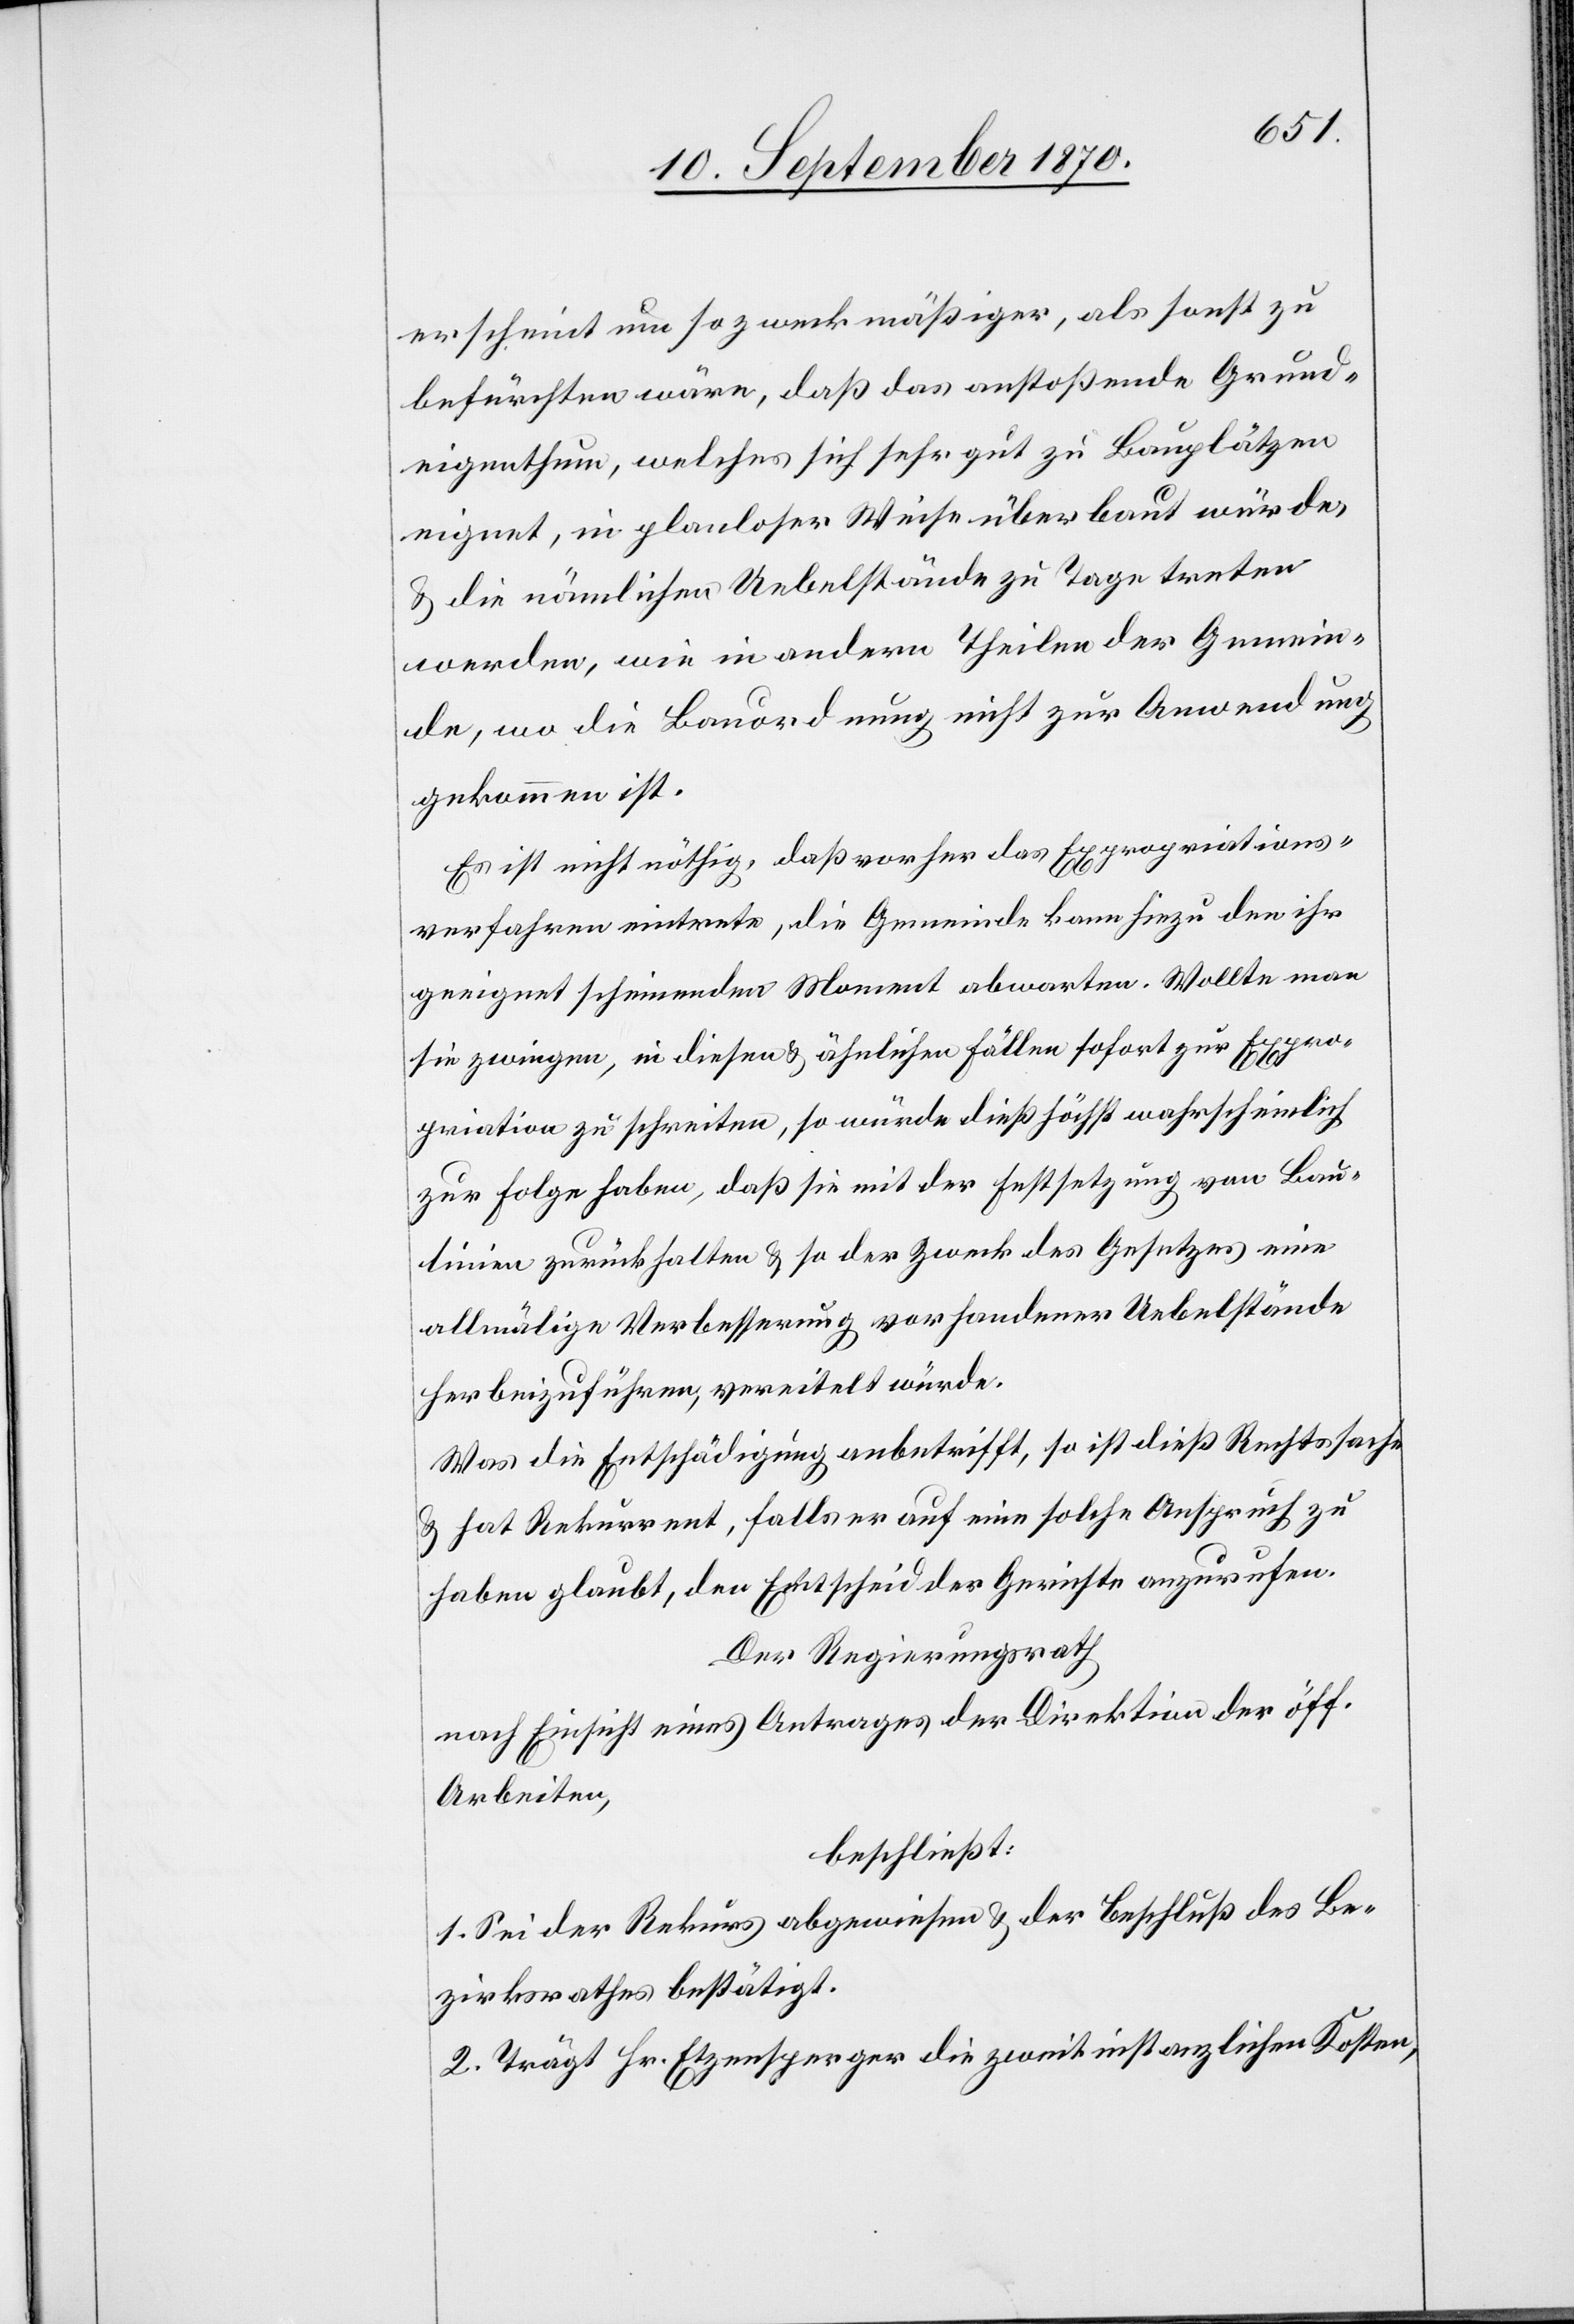
erscheint um so zweckmäßiger, als sonst zu
befürchten wäre, daß das anstoßende Grund¬
eigenthum, welches sich sehr gut zu Bauplätzen
eignet, in planloser Weise überbaut würde,
& die nämlichen Uebelstände zu Tage treten
werden, wie in andern Theilen der Gemein¬
de, wo die Bauordnung nicht zur Anwendung
gekommen ist.
Es ist nicht nöthig, daß vorher das Expropriations¬
verfahren eintrete, die Gemeinde kann hiezu den ihr
geeignet scheinenden Moment abwarten. Wollte man
sie zwingen, in diesen & ähnlichen Fällen sofort zur Expro¬
priation zu schreiten, so würde dieß höchst wahrscheinlich
zur Folge haben, daß sie [sich] mit der Festsetzung von Bau¬
linien zurückhalten & so der Zweck des Gesetzes[,] eine
allmälige Verbesserung vorhandener Uebelstände
herbeizuführen, vereitelt würde.
Was die Entschädigung anbetrifft, so ist dieß Rechtssache
& hat Rekurrent, falls er auf eine solche Anspruch zu
haben glaubt, den Entscheid der Gerichte anzurufen.
Der Regierungsrath
nach Einsicht eines Antrages der Direktion der öff.
Arbeiten,
beschließt:
1. Sei der Rekurs abgewiesen & der Beschluß des Be¬
zirksrathes bestätigt.
2. Trägt Hr. Etzensperger die zweitinstanzlichen Kosten,